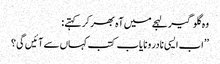
وہ گلو گیر لہجے میں آہ بھر کر کہتے :
’’ اب ایسی نادر و نایاب کتب کہاں سے آئیں گی ؟